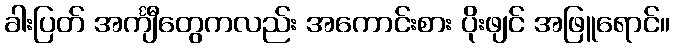
ခါးပြတ် အင်္ကျီတွေကလည်း အကောင်းစား ပိုးဖျင် အဖြူရောင်။